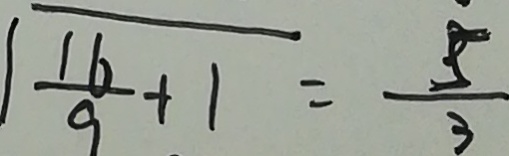
\sqrt { \frac { 1 6 } { 9 } + 1 } = \frac { 5 } { 3 }